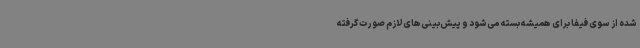
شده از سوی فیفا برای همیشه بسته می‌شود و پیش‌بینی‌های لازم صورت گرفته